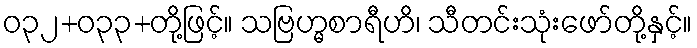
ဝ၃၂+၀၃၃+တို့ဖြင့်။ သဗြဟ္မစာရီဟိ၊ သီတင်းသုံးဖော်တို့နှင့်။